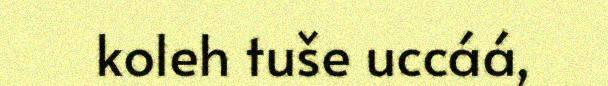
koleh tuše uccáá,